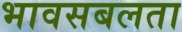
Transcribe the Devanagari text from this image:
भावसबलता